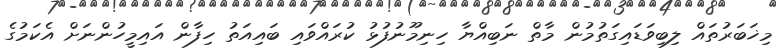
މިޚަބަރުތައް ލިބިވަޑައިގަތުމުން މާތް ނަބިއްޔާ ހިނިމޫނުފުޅު ކުރައްވައި ބައިއަތު ހިފާން އައިމީހުންނަށް އެކަމުގެ